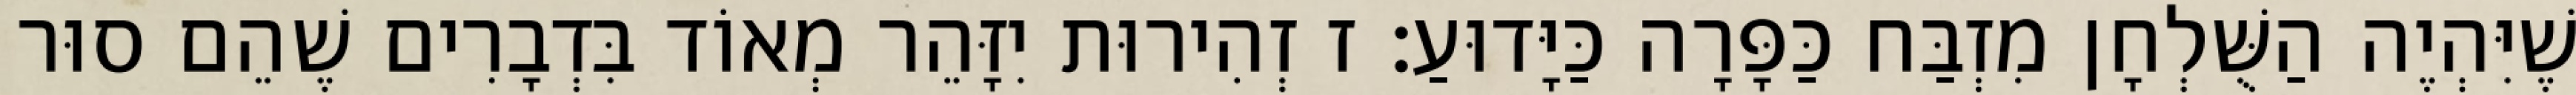
שֶׁיִּהְיֶה הַשֻּׁלְחָן מִזְבַּח כַּפָּרָה כַּיָּדוּעַ: ז זְהִירוּת יִזָּהֵר מְאוֹד בִּדְבָרִים שֶׁהֵם סוּר